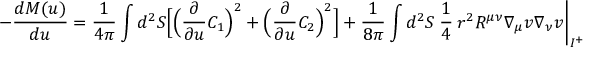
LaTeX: - \frac { d M ( u ) } { d u } = \frac { 1 } { 4 \pi } \int d ^ { 2 } { \cal S } \Bigl [ \Bigl ( \frac { \partial } { \partial u } C _ { 1 } \Bigr ) ^ { 2 } + \Bigl ( \frac { \partial } { \partial u } C _ { 2 } \Bigr ) ^ { 2 } \Bigr ] + \frac { 1 } { 8 \pi } \int d ^ { 2 } { \cal S } \: \frac { 1 } { 4 } \: r ^ { 2 } R ^ { \mu \nu } \nabla _ { \mu } v \nabla _ { \nu } v \biggl | _ { { \cal I } ^ { + } }